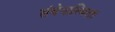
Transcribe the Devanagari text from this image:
संवेगास्थिरता